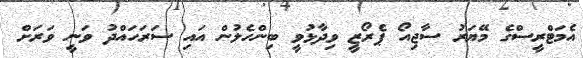
އެމަޓްރީސްގެ މޭޔަރު ސާޖިއޯ ޕެރޯޒީ ވިދާޅުވީ ބިންހެލުން އައި ސަރަހައްދު ވަނީ ވަރަށް